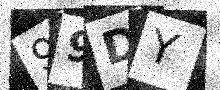
Text: 99DY